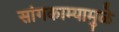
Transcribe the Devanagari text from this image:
सांगकाम्यामुळे